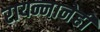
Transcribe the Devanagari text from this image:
रायन्नानेही